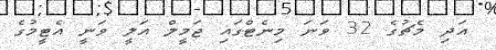
އަދި މެޗުގެ 32 ވަނަ މިނެޓްގައި ޖަމީލް އަލީ ވަނީ އެޓީމުގެ